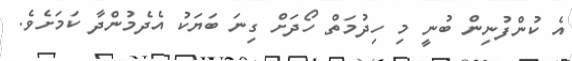
އެ ކުންފުނިން ބުނީ މި ހިދުމަތް ހޯދަށް ގިނަ ބަޔަކު އެދެމުންދާ ކަމަށެވެ.